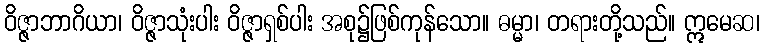
ဝိဇ္ဇာဘာဂိယာ၊ ဝိဇ္ဇာသုံးပါး ဝိဇ္ဇာရှစ်ပါး အစု၌ဖြစ်ကုန်သော။ ဓမ္မာ၊ တရားတို့သည်။ ဣမေဆ၊